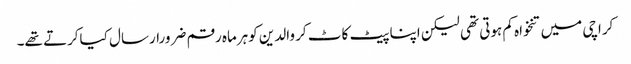
کراچی میں تنخواہ کم ہوتی تھی لیکن اپنا پیٹ کاٹ کر والدین کوہرماہ رقم ضرورارسال کیاکرتے تھے۔